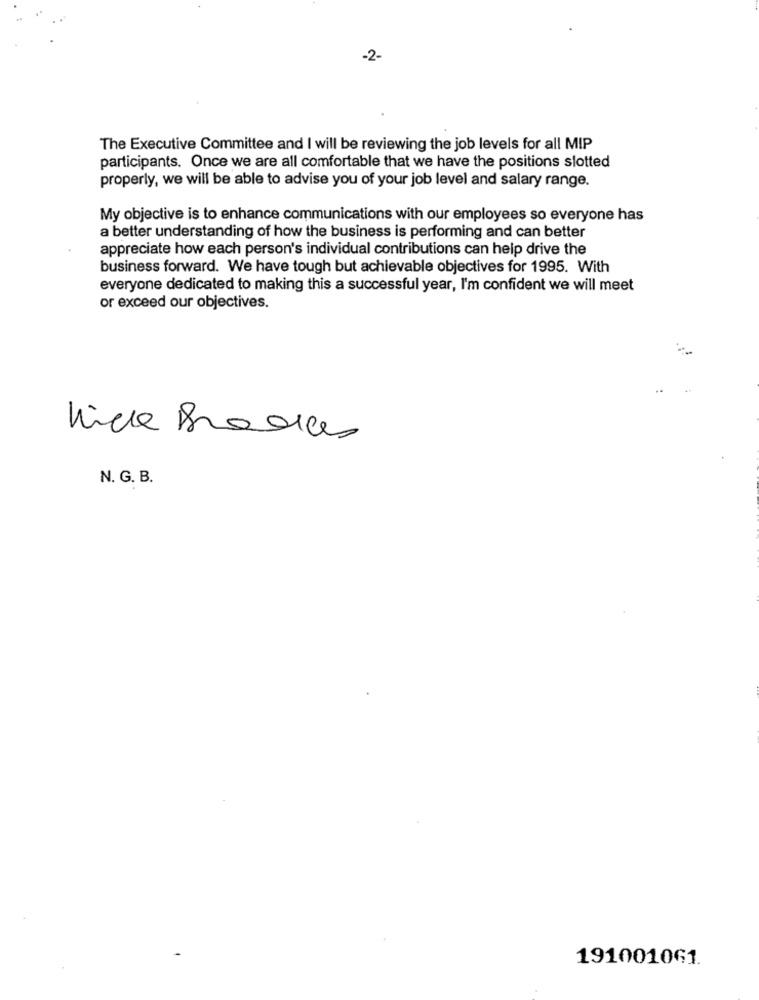
-2-
The Executive Committee and I will be reviewing the job levels for all MIP
participants. Once we are all comfortable that we have the positions slotted
properly, we will be able to advise you of your job level and salary range.
My objective is to enhance communications with our employees so everyone has
a better understanding of how the business is performing and can better
appreciate how each person's individual contributions can help drive the
business forward. We have tough but achievable objectives for 1995. With
everyone dedicated to making this a successful year, I'm confident we will meet
or exceed our objectives.
N. G. B.
191001061.